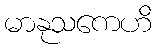
မာနုသကေဟိ